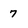
Character: 7